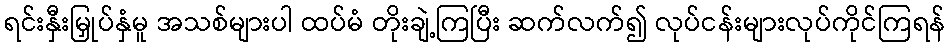
ရင်းနှီးမြှုပ်နှံမူ အသစ်များပါ ထပ်မံ တိုးချဲ့ကြပြီး ဆက်လက်၍ လုပ်ငန်းများလုပ်ကိုင်ကြရန်